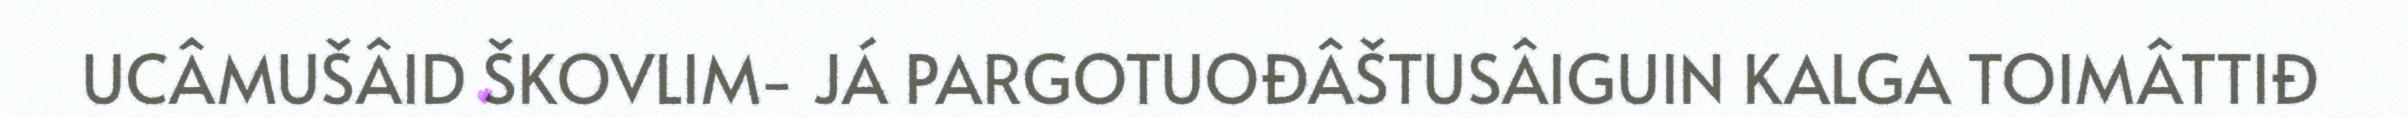
UCÂMUŠÂID ŠKOVLIM- JÁ PARGOTUOĐÂŠTUSÂIGUIN KALGA TOIMÂTTIĐ